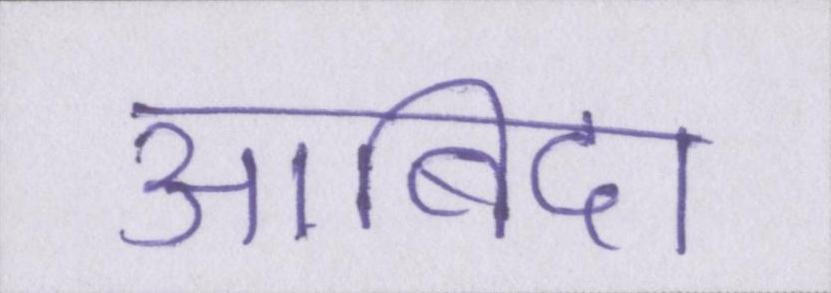
आबिदा